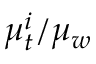
\mu _ { t } ^ { i } / \mu _ { w }